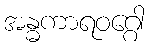
အန္ဓကာရဝဂ္ဂေါ